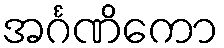
အင်္ဂဏိကော